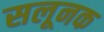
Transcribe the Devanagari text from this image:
सलूनक